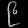
Digit: ၉